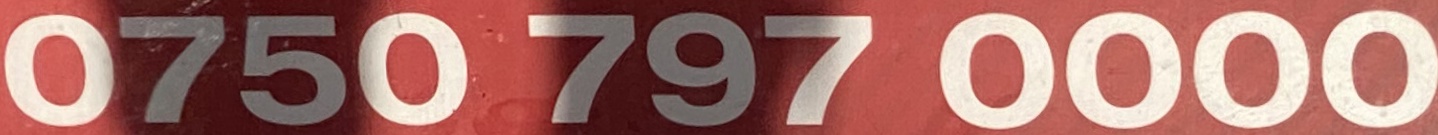
0750 797 0000